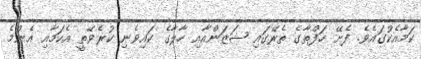
ކަމާއެކުގައެވެ. ފެށޭ ހަފްތާގެ ތެރޭގައި ޝަޒަންއާއި ހާލާގެ ކައިވެނި ކުރެވޭތީ އެކަމާއި އެންމެ